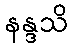
နန္ဒသိ